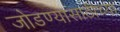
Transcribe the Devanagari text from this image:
जोडण्यासाठीच्या